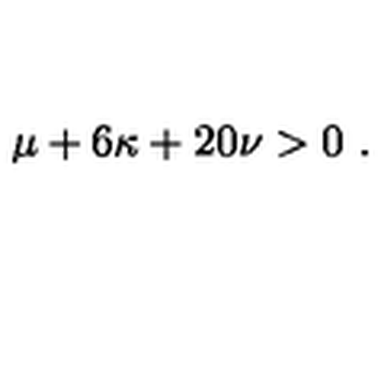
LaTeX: \mu + 6 \kappa + 2 0 \nu > 0 \ .